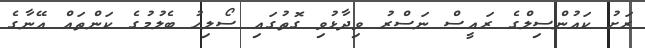
ރަށު ކައުންސިލްގެ ރައީސް ނަސްރު ވިދާޅުވި ގޮތުގައި ސޯލިހު ބެލުމުގެ ކަންތައް އޭނާގެ